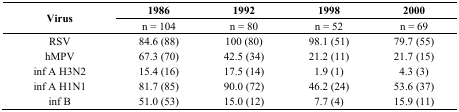
<table><thead><tr><td rowspan="2"><b>Virus</b></td><td><b>1986</b></td><td><b>1992</b></td><td><b>1998</b></td><td><b>2000</b></td></tr><tr><td><b>n = 104</b></td><td><b>n = 80</b></td><td><b>n = 52</b></td><td><b>n = 69</b></td></tr></thead><tbody><tr><td>RSV</td><td>84.6 (88)</td><td>100 (80)</td><td>98.1 (51)</td><td>79.7 (55)</td></tr><tr><td>hMPV</td><td>67.3 (70)</td><td>42.5 (34)</td><td>21.2 (11)</td><td>21.7 (15)</td></tr><tr><td>inf A H3N2</td><td>15.4 (16)</td><td>17.5 (14)</td><td>1.9 (1)</td><td>4.3 (3)</td></tr><tr><td>inf A H1N1</td><td>81.7 (85)</td><td>90.0 (72)</td><td>46.2 (24)</td><td>53.6 (37)</td></tr><tr><td>inf B</td><td>51.0 (53)</td><td>15.0 (12)</td><td>7.7 (4)</td><td>15.9 (11)</td></tr></tbody></table>